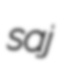
saj